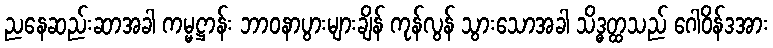
ညနေဆည်းဆာအခါ ကမ္မဋ္ဌာန်း ဘာဝနာပွားများချိန် ကုန်လွန် သွားသောအခါ သိဒ္ဓတ္ထသည် ဂေါဝိန်ဒအား